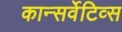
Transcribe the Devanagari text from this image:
कान्सर्वेटिव्स